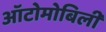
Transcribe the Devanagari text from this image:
ऑटोमोबिली